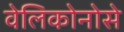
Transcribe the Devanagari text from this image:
वेलिकोनोसे